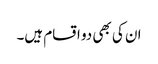
ان کی بھی دو اقسام ہیں۔